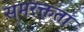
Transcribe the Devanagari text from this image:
समरक्तता